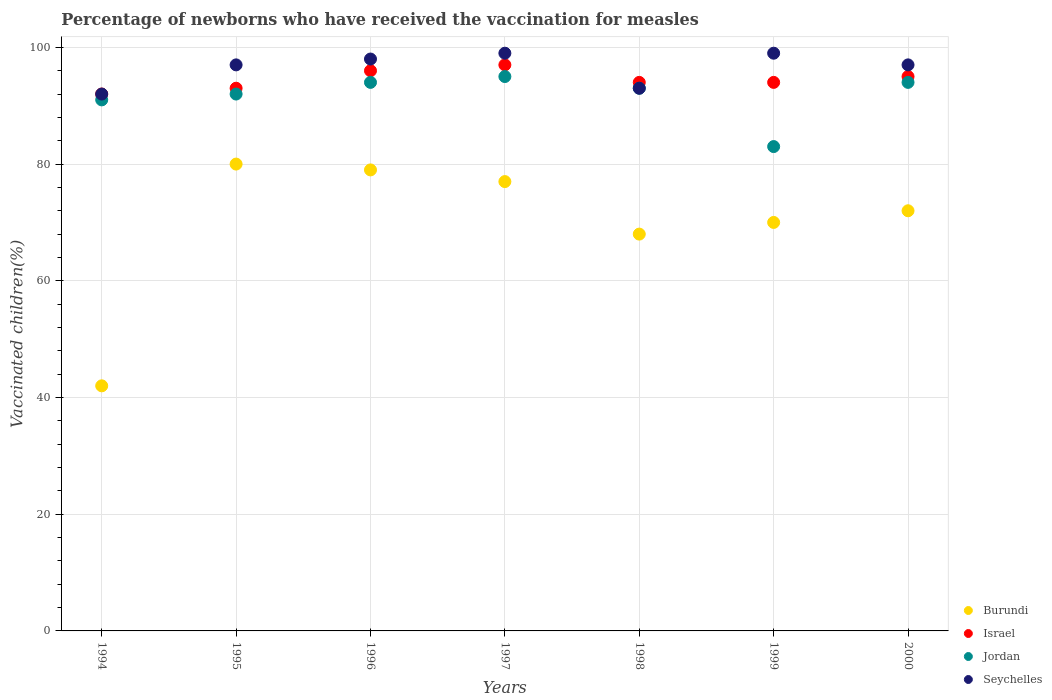
| Years | Burundi | Israel | Jordan | Seychelles |
 | --- | --- | --- | --- | --- |
 | 1994 | 42 | 92 | 91 | 92 |
 | 1995 | 80 | 93 | 92 | 97 |
 | 1996 | 79 | 96 | 94 | 98 |
 | 1997 | 77 | 97 | 95 | 99 |
 | 1998 | 68 | 94 | 93 | 93 |
 | 1999 | 70 | 94 | 83 | 99 |
 | 2000 | 72 | 95 | 94 | 97 |